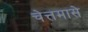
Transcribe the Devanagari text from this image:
चेत्तमासे